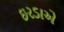
ઇરડાએ